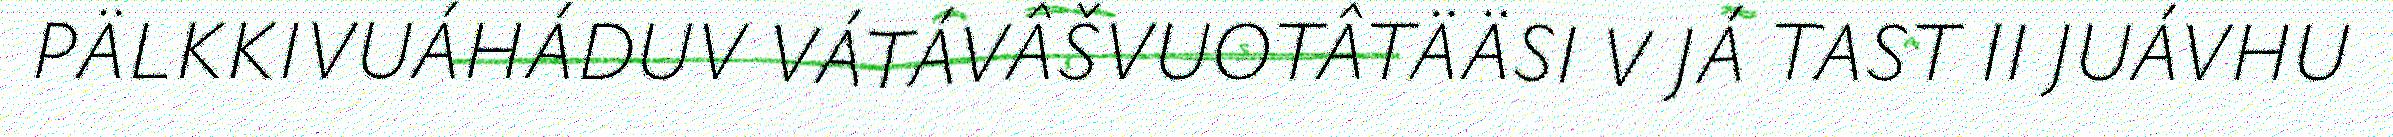
PÄLKKIVUÁHÁDUV VÁTÁVÂŠVUOTÂTÄÄSI V JÁ TAST II JUÁVHU